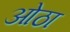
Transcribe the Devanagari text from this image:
ओठा